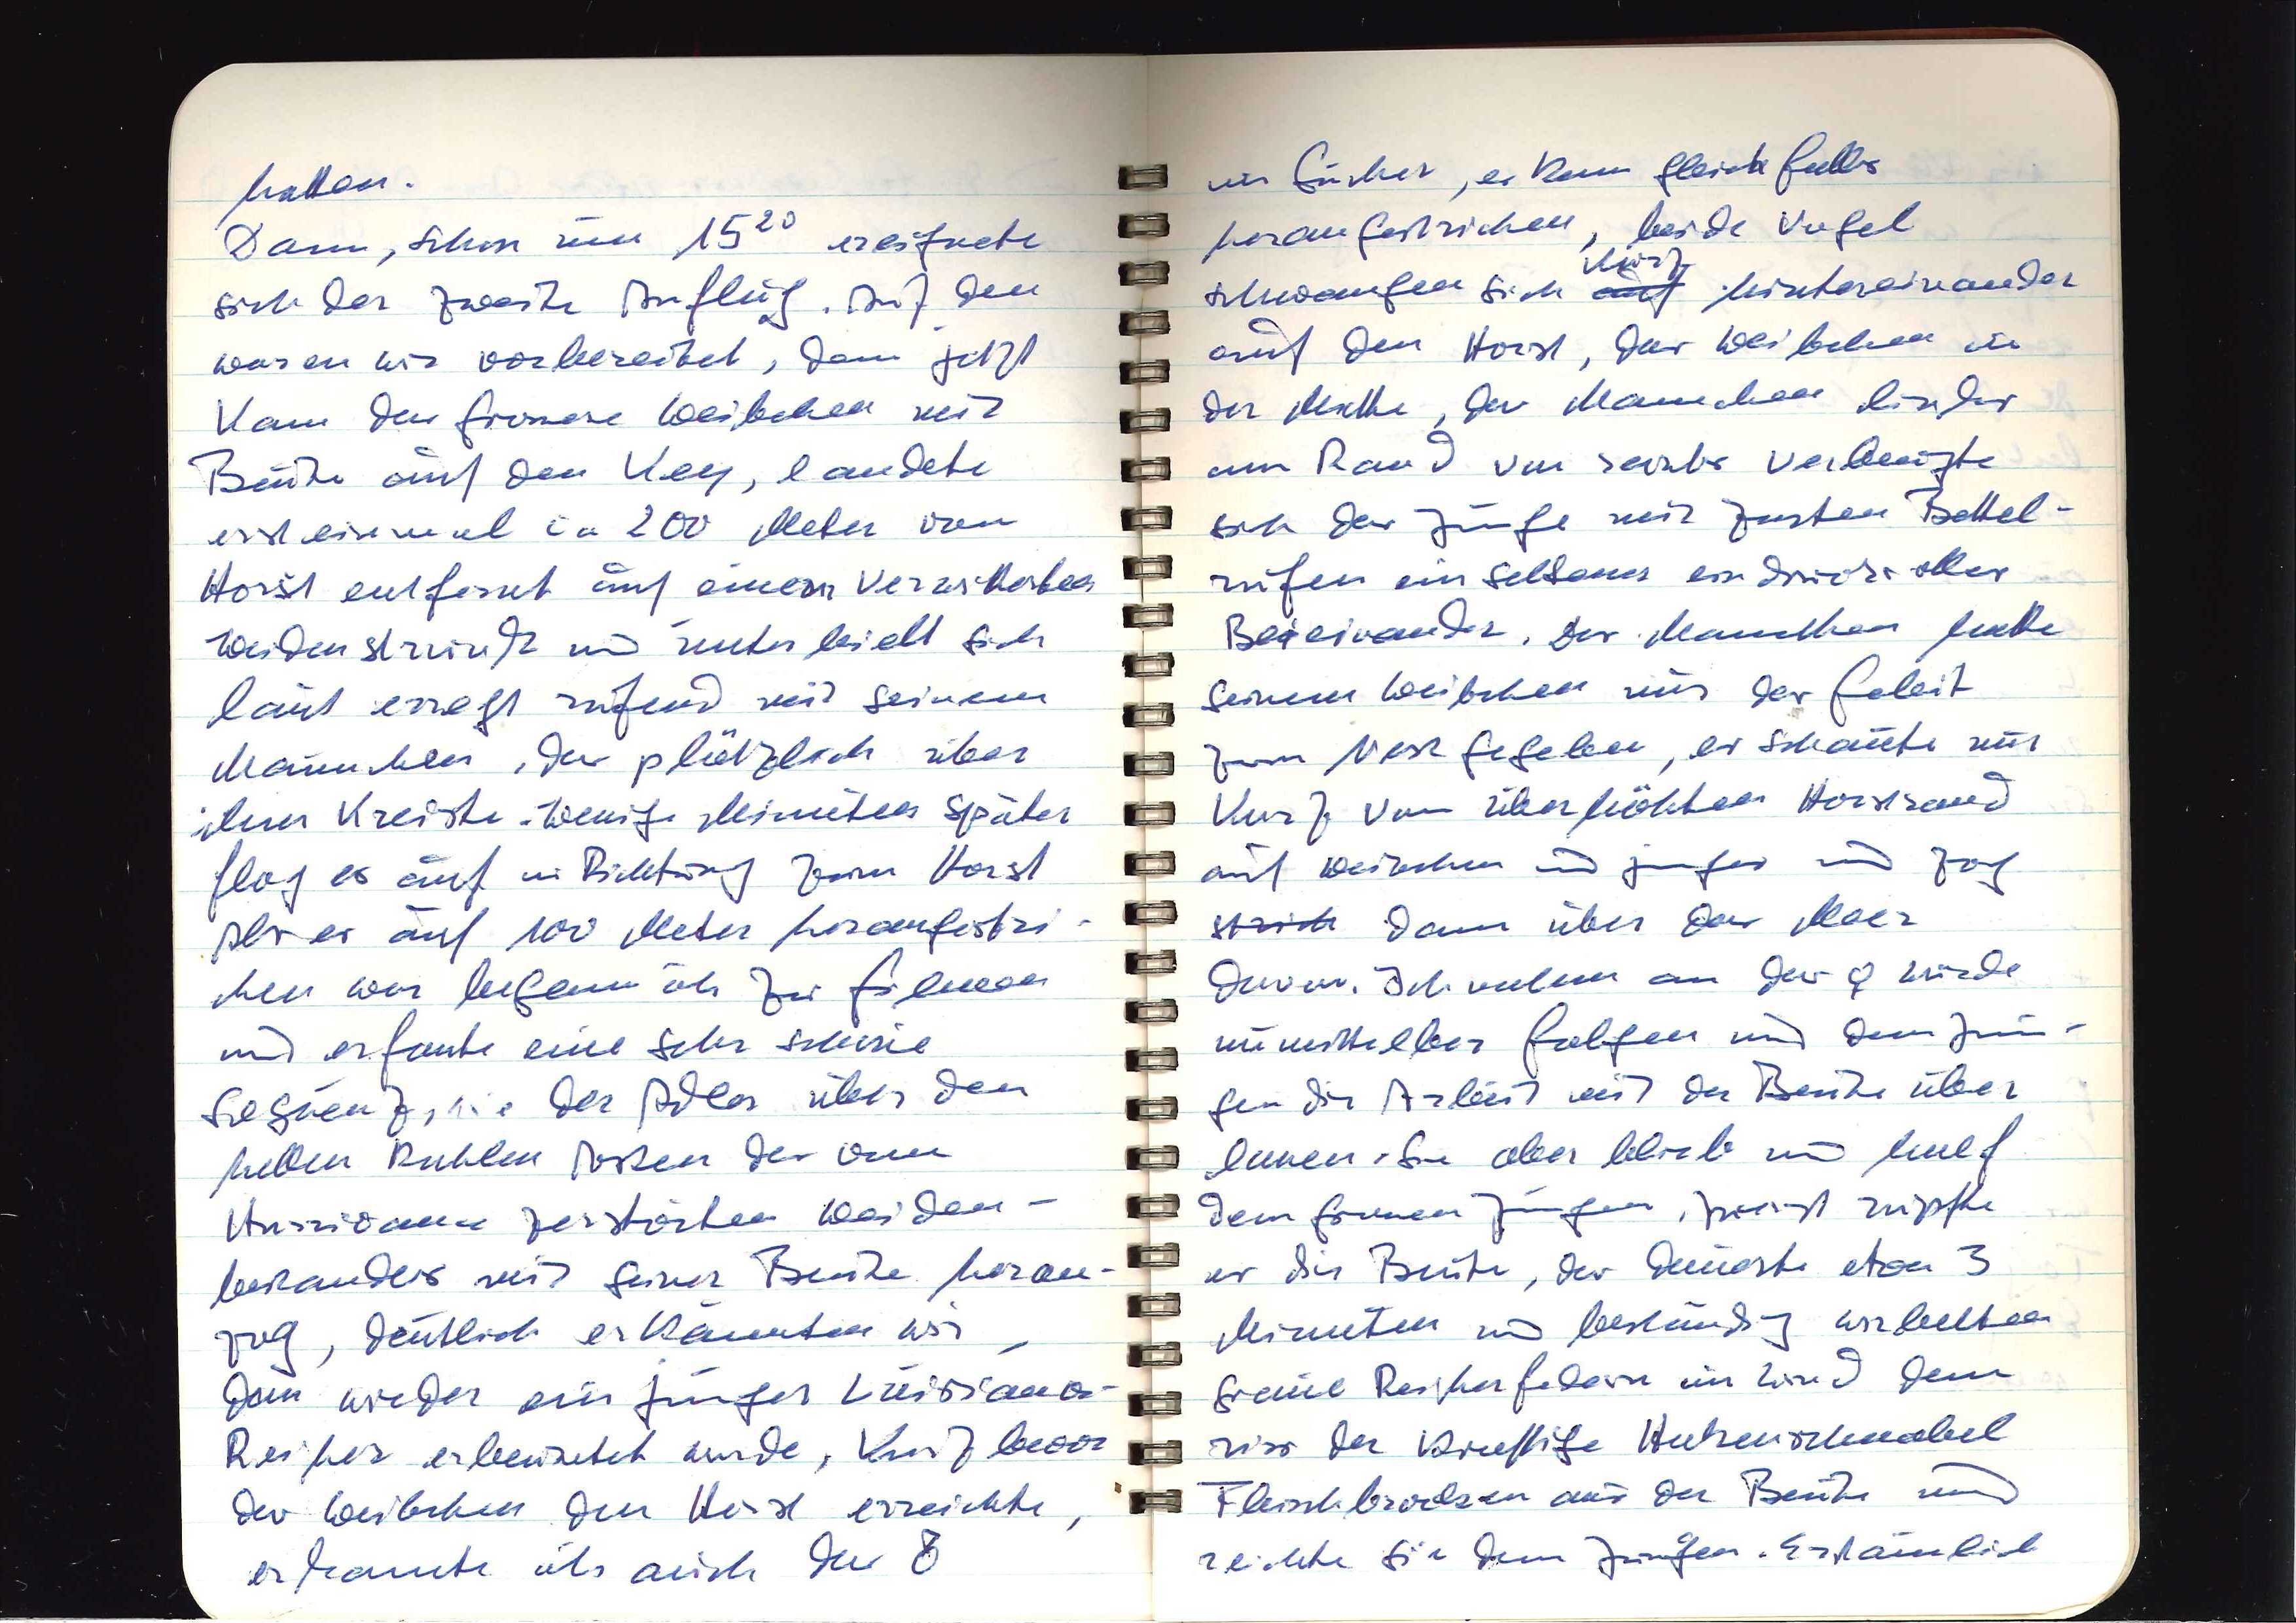
hatten.
Dann, schon um 1520 ereignete
sich der zweite Anflug. Auf den
waren wir vorbereitet, denn jetzt
kam das grössere Weibchen mit
Beute auf den Key, landete
ersteinmal ca 200 Meter vom
Horst entfernt auf einem Verwitterben
weidenstrunk und unterhielt sich
laut erregt rufend mit seinem
Männchen, das plötzlich über
ihm kreiste. Wenige Minuten Später
flag es auf in Pichtung zum Horst
Als es auf 100 Meter herangestri¬
ihen war begann ich zu fälmen
und erfaute eine sehr schöne
Segnenz,sie der Adler über den
hellen kahlen Asten das vom
Hurrioane zerstorten Weiden¬
bestandeis mit seiner Beute heran¬
Jog, deutlich erkannten wir.
dass wieder ein junger Luisiana
Reiher erbeuntet wurde, Kurz bevor
das Weibchen den Horst erreichte,
erkante ih auch das 8

i Suchet, es kam gleickfalls
herangestrichen, beide vögel
Korz
schwangen sich auf hintereinander
auf den Horst, das Weibchen in
der Matte, das Manichen links
am Rand von rechts verleugte
sich das Junge mit zarten Bettel¬
rugen ein seltener eindrucksolles
Beseivander. Das Manichen hatte
seinem Weibchen nur das Geleit
zum Nest gegebn, es schaute nur
kurz vom überhöhten Horstrand
auf Weibchen und junges und zog
tch dann über das Meer
davon. Ich nahm an das ♀ würde
unmittelber folgen und dem Jum¬
gen die Arbeit mit der Beute über
lassen. Sie aber blieb und half
dem grossen Jungen zueist rupfte
es die Beute, das dauerte etwa 3
Minnten und beständig wirbelten
greue Reiherfedern im Wind demn
riss der krüftige Hakenschnabel
Fleischbrocken aus der Beute und
reichte sie dem Jungen. Erstamlich